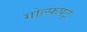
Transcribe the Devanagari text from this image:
गोल्फपटू